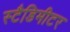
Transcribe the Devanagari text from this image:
स्टैडिमीटर